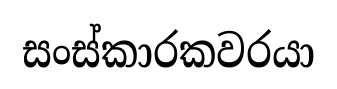
සංස්කාරකවරයා